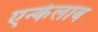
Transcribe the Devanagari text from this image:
एन्केलाब